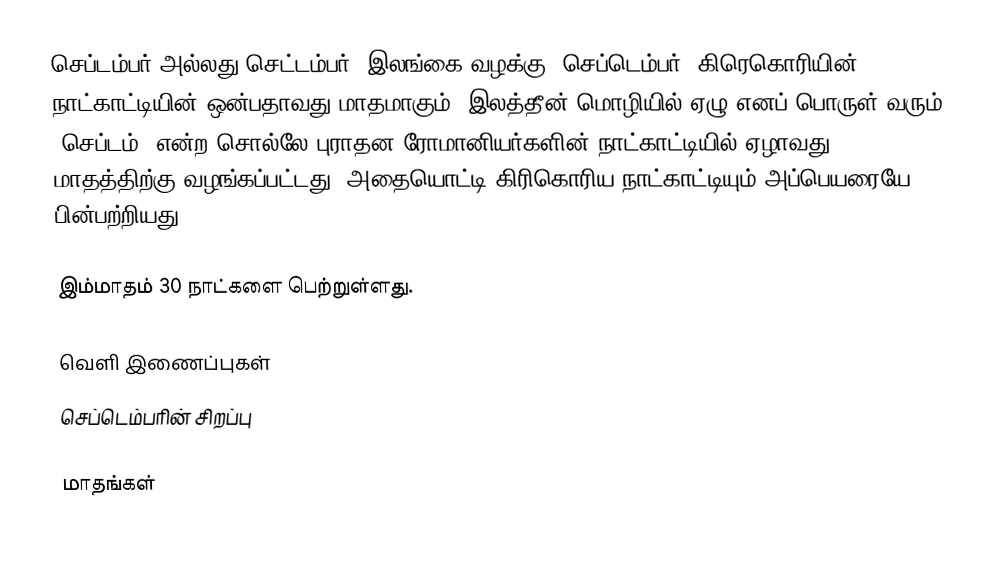
செப்டம்பர் அல்லது செட்டம்பர் (இலங்கை வழக்கு: செப்டெம்பர்) கிரெகொரியின் நாட்காட்டியின் ஒன்பதாவது மாதமாகும். இலத்தீன் மொழியில் ஏழு எனப் பொருள் வரும் "செப்டம்" என்ற சொல்லே புராதன ரோமானியர்களின் நாட்காட்டியில் ஏழாவது மாதத்திற்கு வழங்கப்பட்டது. அதையொட்டி கிரிகொரிய நாட்காட்டியும் அப்பெயரையே பின்பற்றியது.

இம்மாதம் 30 நாட்களை பெற்றுள்ளது.

வெளி இணைப்புகள்
 செப்டெம்பரின் சிறப்பு

மாதங்கள்